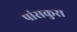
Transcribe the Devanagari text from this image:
पांसकुरा